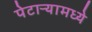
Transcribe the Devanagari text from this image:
पेटाऱ्यामध्ये